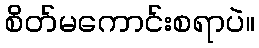
စိတ်မကောင်းစရာပဲ။